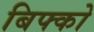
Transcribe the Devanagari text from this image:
बिफ्को